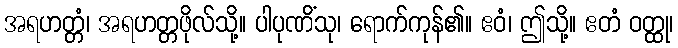
အရဟတ္တံ၊ အရဟတ္တဖိုလ်သို့။ ပါပုဏိံသု၊ ရောက်ကုန်၏။ ဧဝံ၊ ဤသို့။ ဧတံ ဝတ္ထု၊